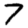
Digit: 7